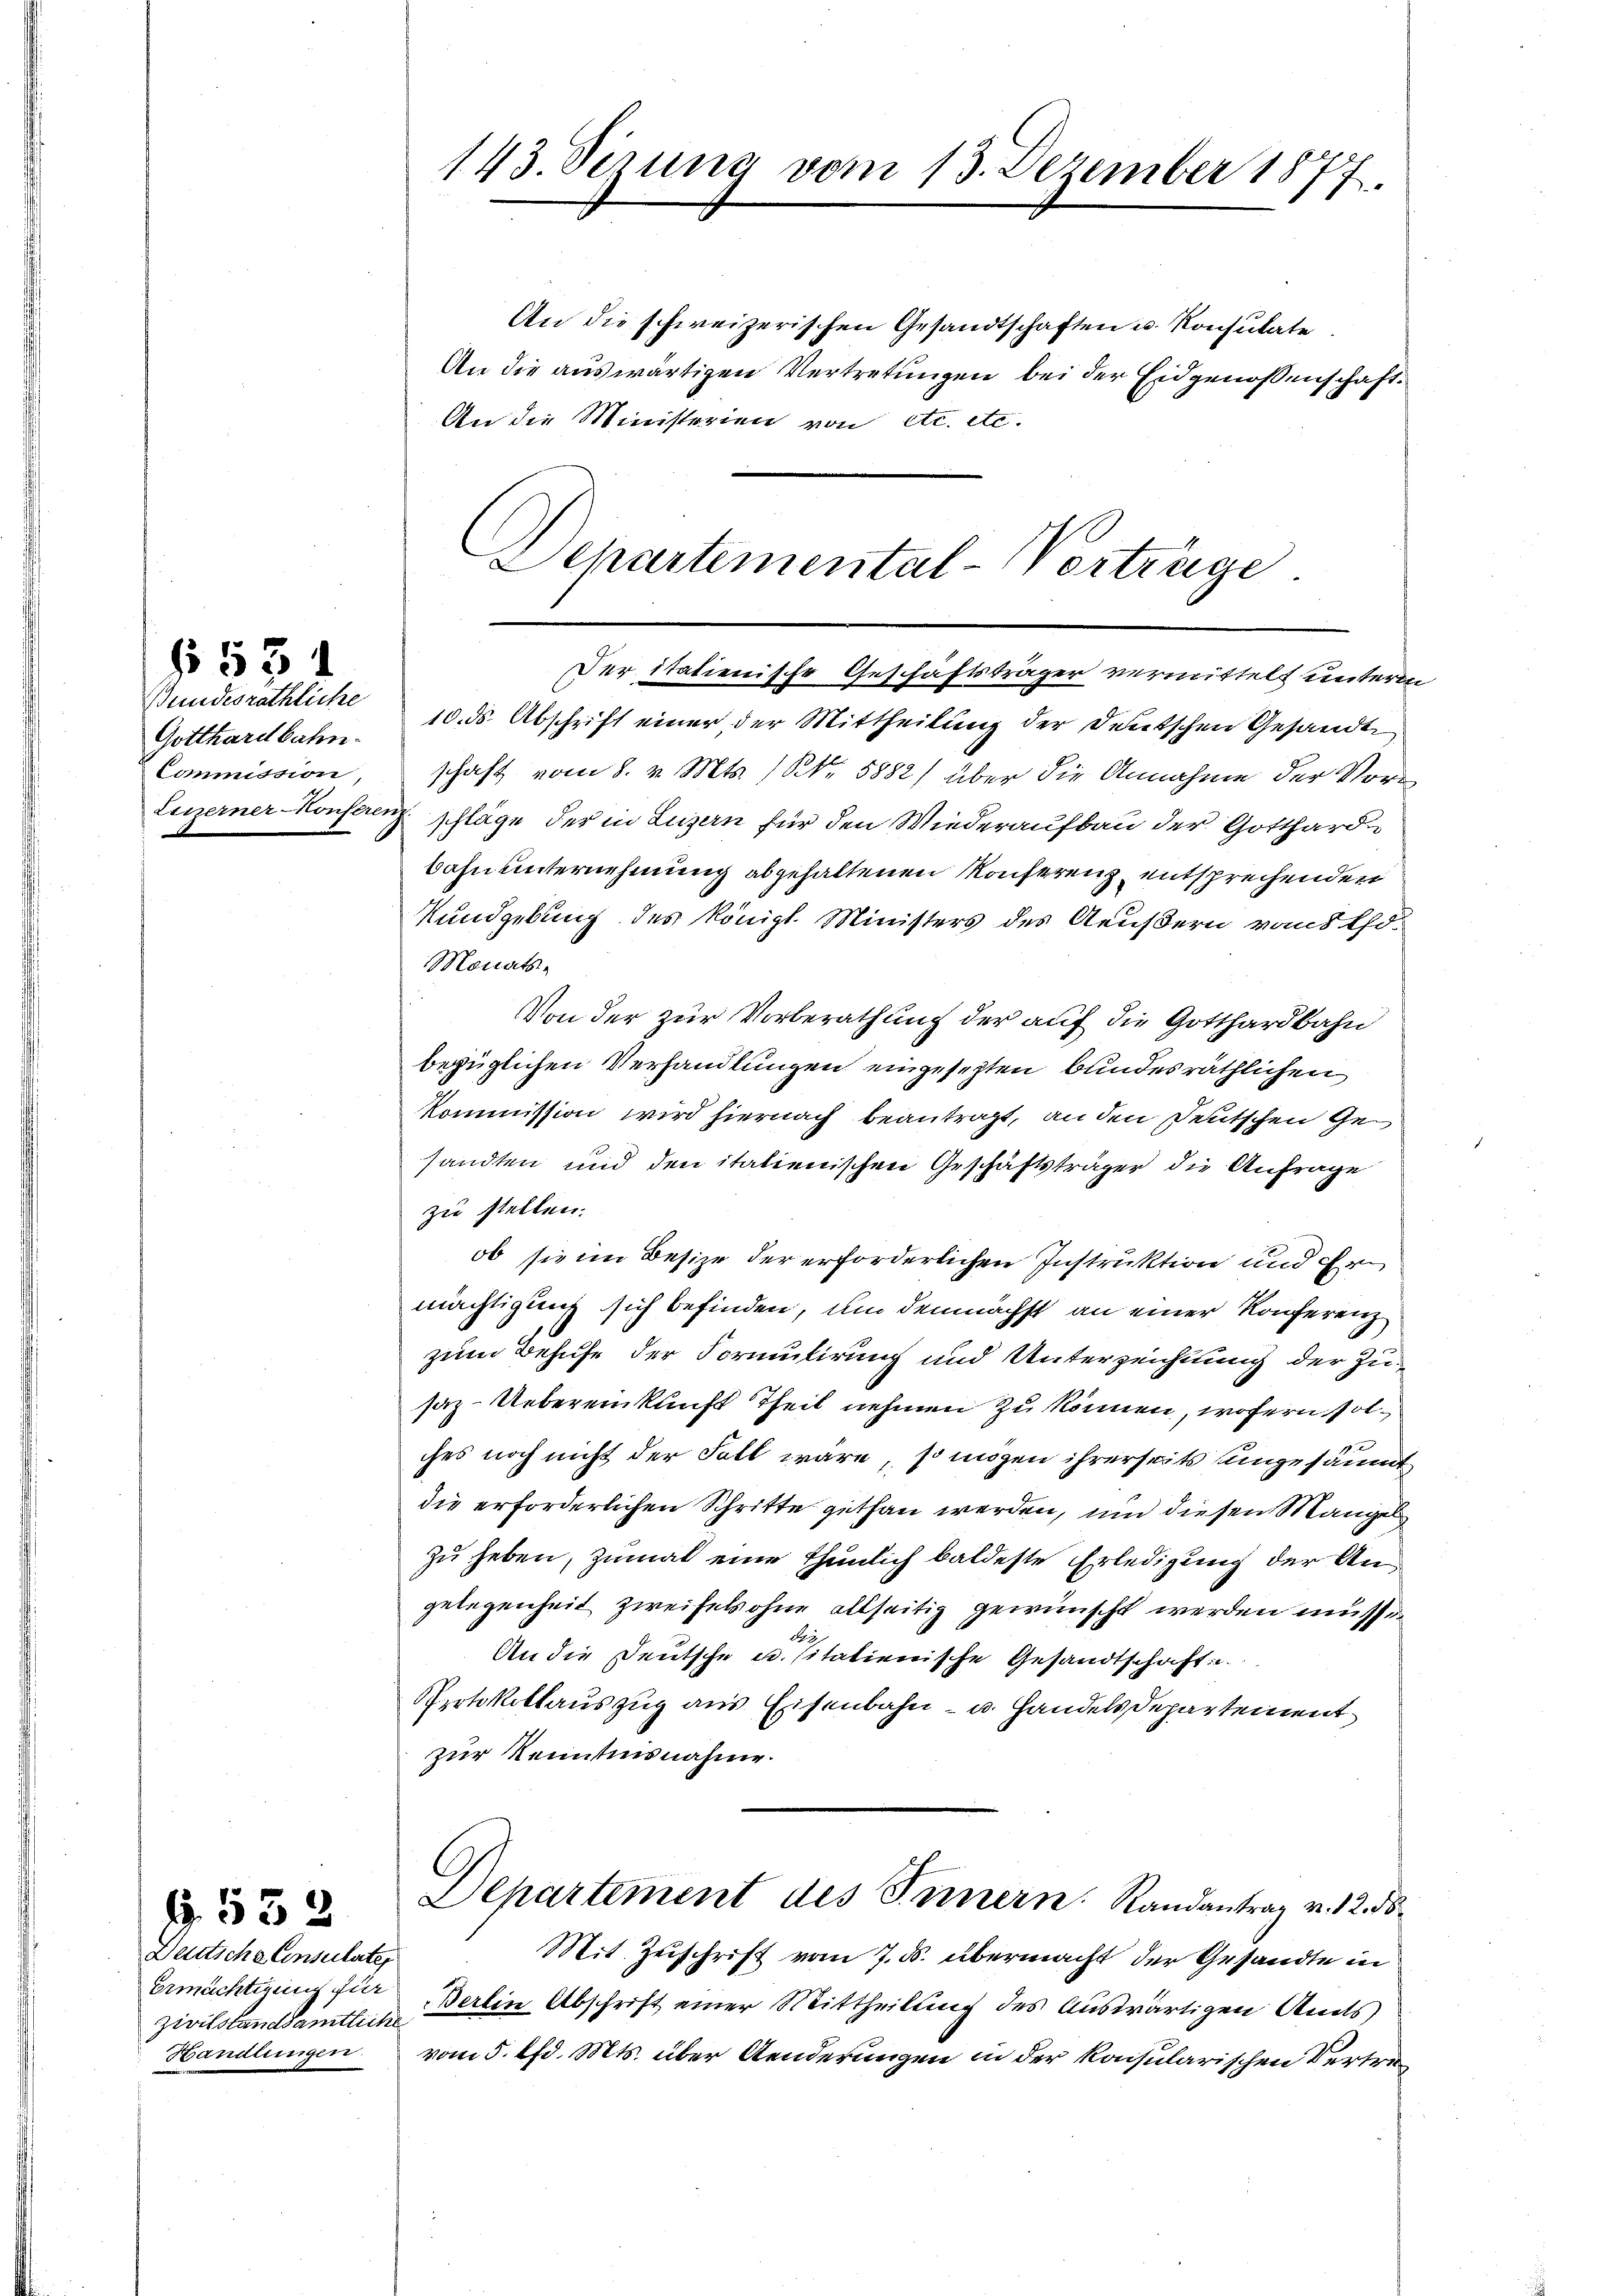
Bundesräthliche
Gotthardbahn.
Commission,

§ 534

G. 532
Deutsche Consulate
Zivilstandsamtliche
Handlungen.

143. Serung vom 13. Dezember 1877.

An die schweizerischen Gesandtschaften u. Konsulate
An die auswärtigen Vertretungen bei der Eidgenossenschaft.
An die Ministerien von etc. etc.
Schartemental-Verträge

Der italienische Geschäftsträger vermittelt unterm

10. ds. Abschrift einer der Mittheilung der Deutschen Gesandte
schaft vom 8. v. Mts. 1 S. 5882) über die Annahme der Vor
Luzerner Konferen schläge der in Luzern für den Wiederaufbau der Gotthard
bahn unternehmung abgehaltenen Konferenz entsprechenden
Rundgebung des königl. Ministers des Aeußern van tho¬
Monats¬
Von der zur Vorberathung der auf die Gotthardbahn
bezüglichen Verhandlungen eingesezten bundesräthlichen
Kommission wird hiernach beantragt, an den Deutschen Gesandten und den italienischen Geschäftsträger die Anfrage
zu stellen.
ob sie im Besize der erforderlichen Instruktion und Ermächtigung sich befinden, um demnächst an einer Konferenz
zum Behufe der Formulirung und Unterzeichtung der Zusaz-Uebereinkunft Theil nehmen zu können, wofern sol
ches noch nicht der Fall wäre, so mögen ihrerseits ungesäumt
die erforderlichen Schritte gethan werden, und diesen Mangel
zu heben, zumal eine thunlich baldeste Erledigung der Angelegenheit zweifels ohne allseitig gewünscht werden müss
An die Deutsche u. sitatienische Gesandtschaft
Protokollauszug aus Eisenbahn- u. Handels Departement
zur Kenntnisnahme.
Departement des Innern Randantrag v. 12. ds.
Mit Zuschrift vom 7. ds. übermacht der Gesandte in
Ermächtigung für Berlin Abschrift einer Mittheilung des Auswärtigen Ans
vom 5. d. Mts. über Aenderungen in der konsularischen Vertre¬